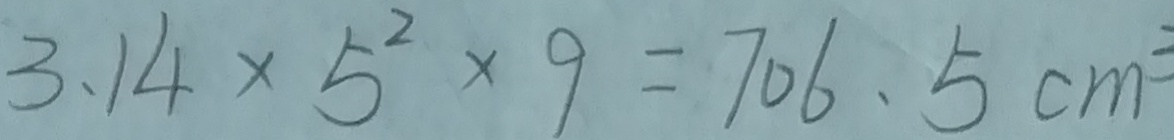
3 . 1 4 \times 5 ^ { 2 } \times 9 = 7 0 6 . 5 c m ^ { 3 }